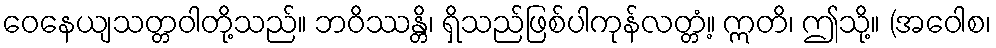
ဝေနေယျသတ္တဝါတို့သည်။ ဘဝိဿန္တိ၊ ရှိသည်ဖြစ်ပါကုန်လတ္တံ့။ ဣတိ၊ ဤသို့။ (အဝေါစ၊